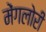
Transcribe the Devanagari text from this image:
मेंगलोरी